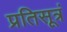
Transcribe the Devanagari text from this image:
प्रतिसूत्रं